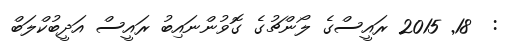
:  18